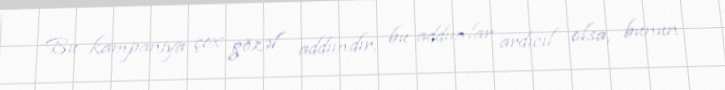
Bu kampaniya çox gözəl addımdır, bu addımlar ardıcıl olsa, bunun